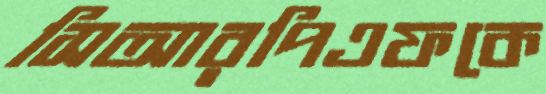
সিআরপিএফকে